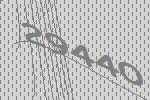
29440